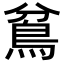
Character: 𩿈